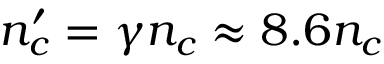
n _ { c } ^ { \prime } = \gamma n _ { c } \approx 8 . 6 n _ { c }